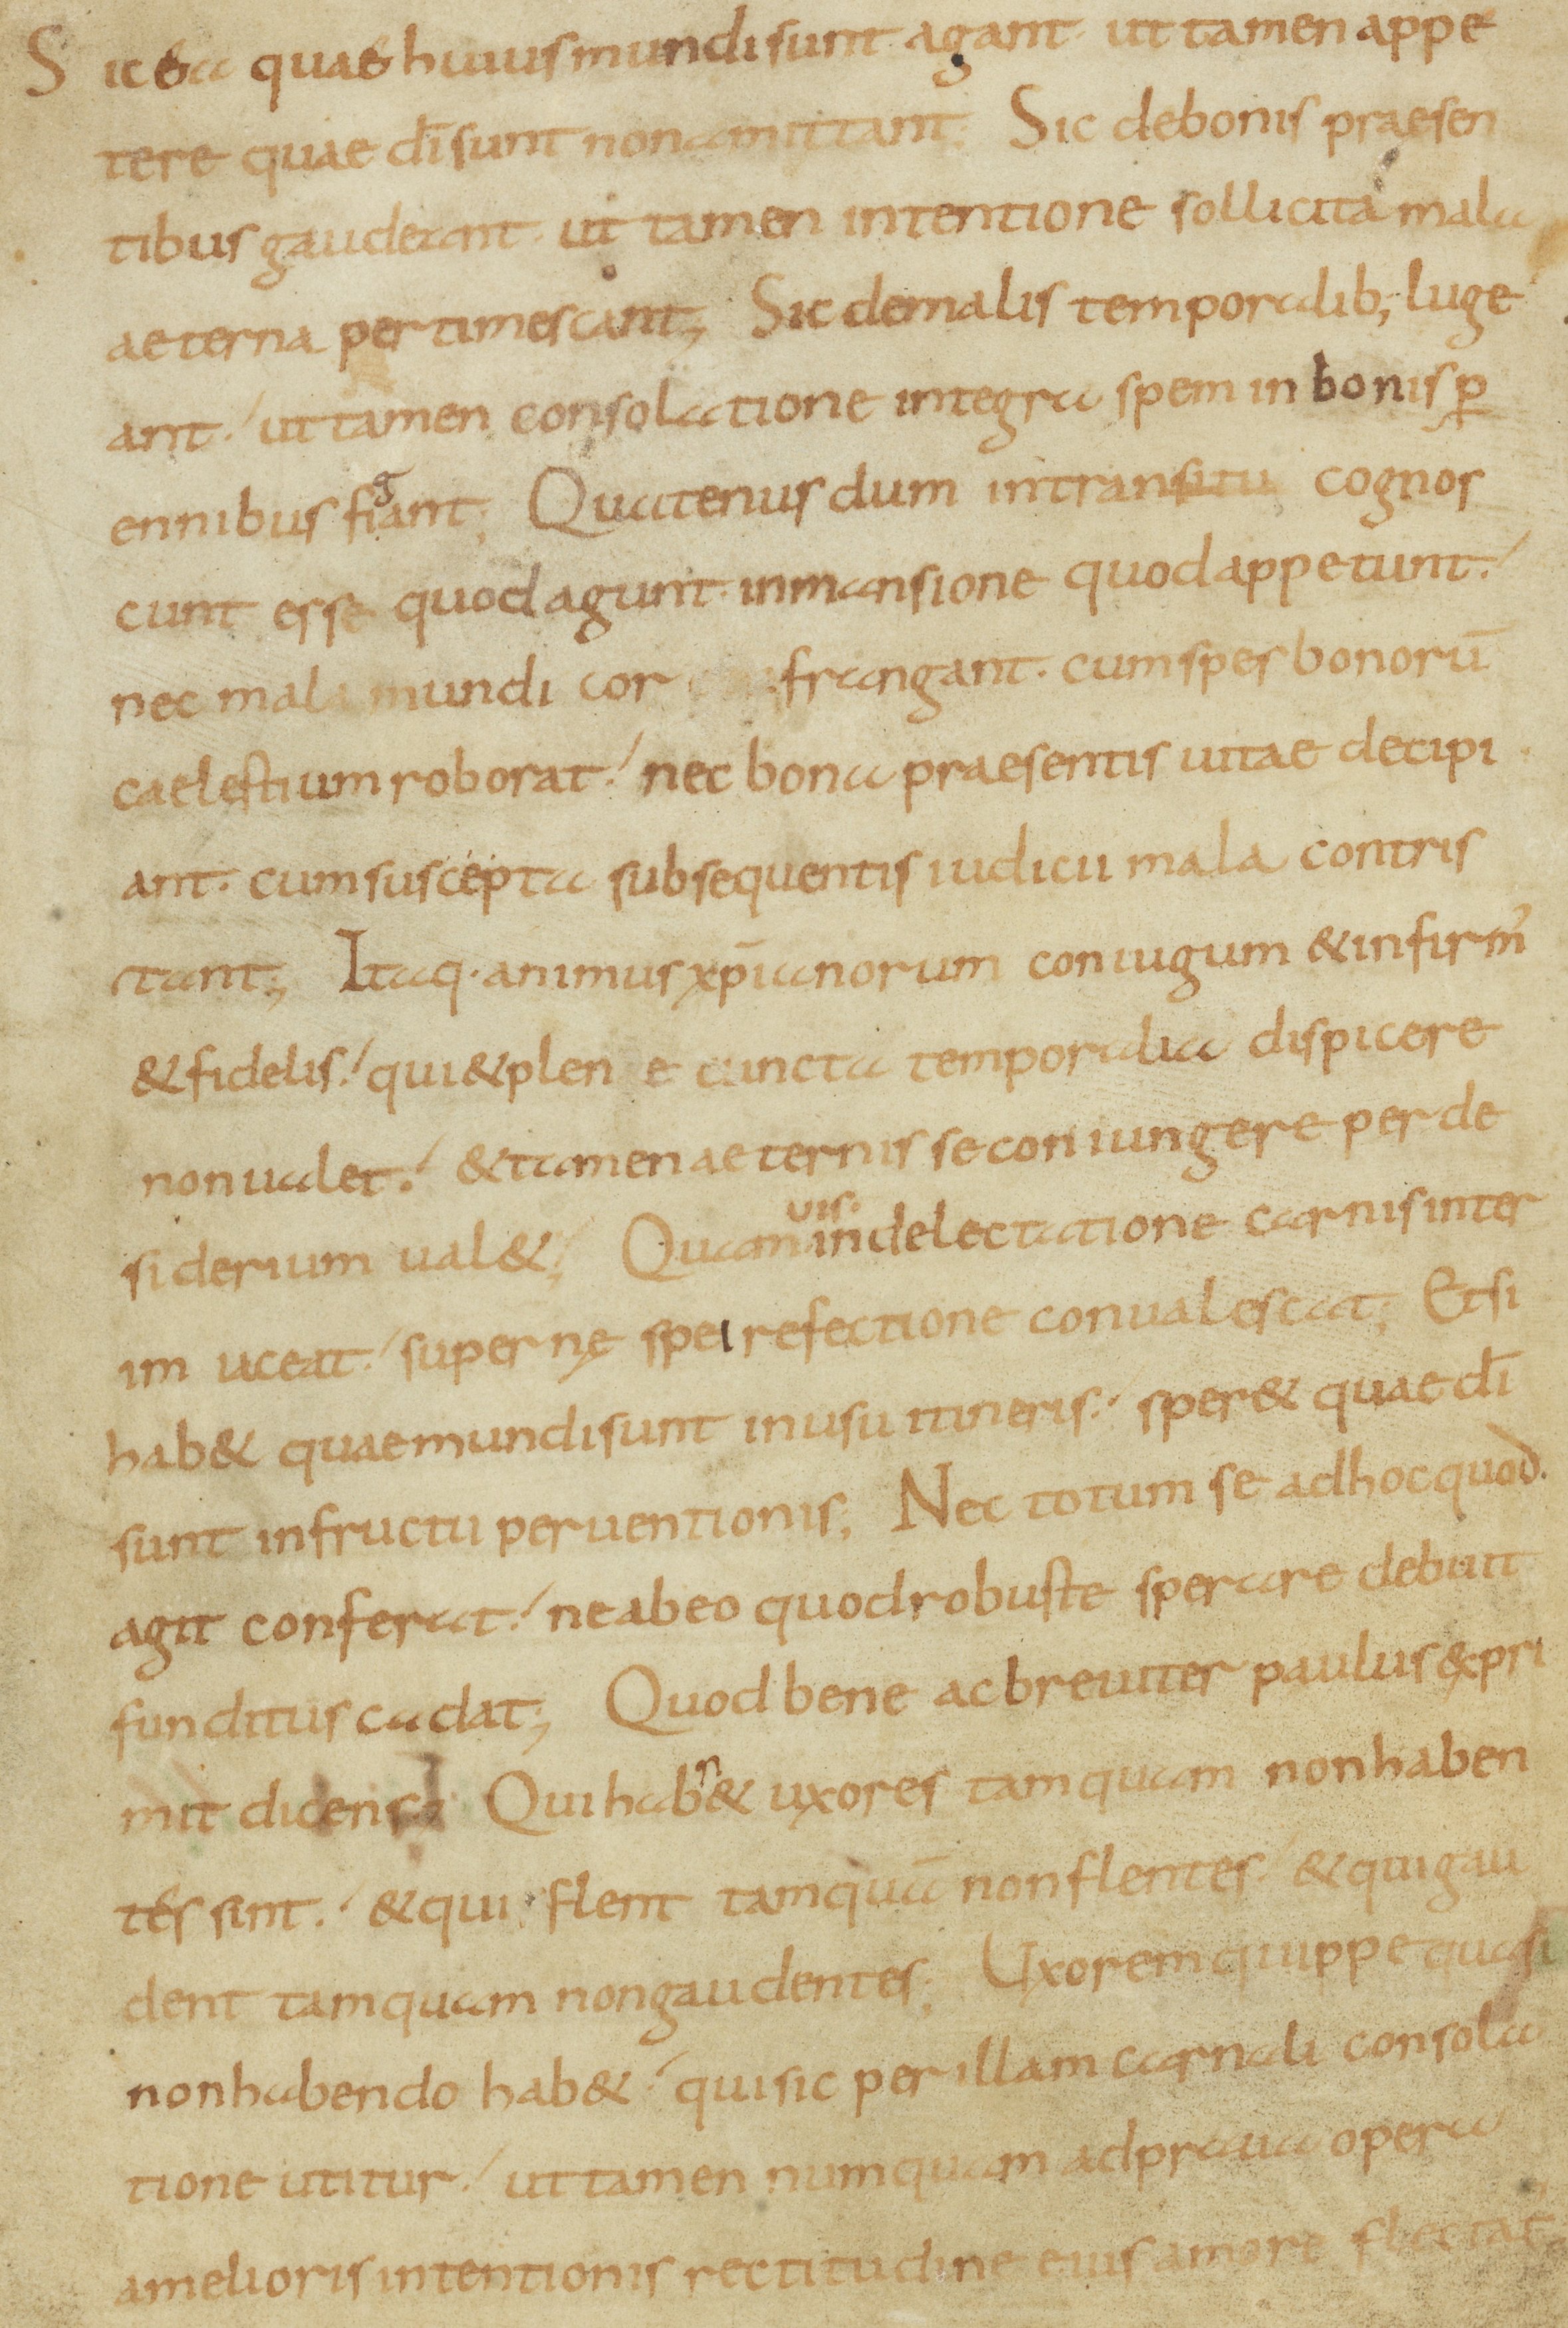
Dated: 800–899